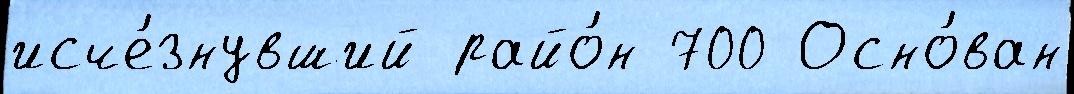
исче́знувший райо́н 700 Осно́ван